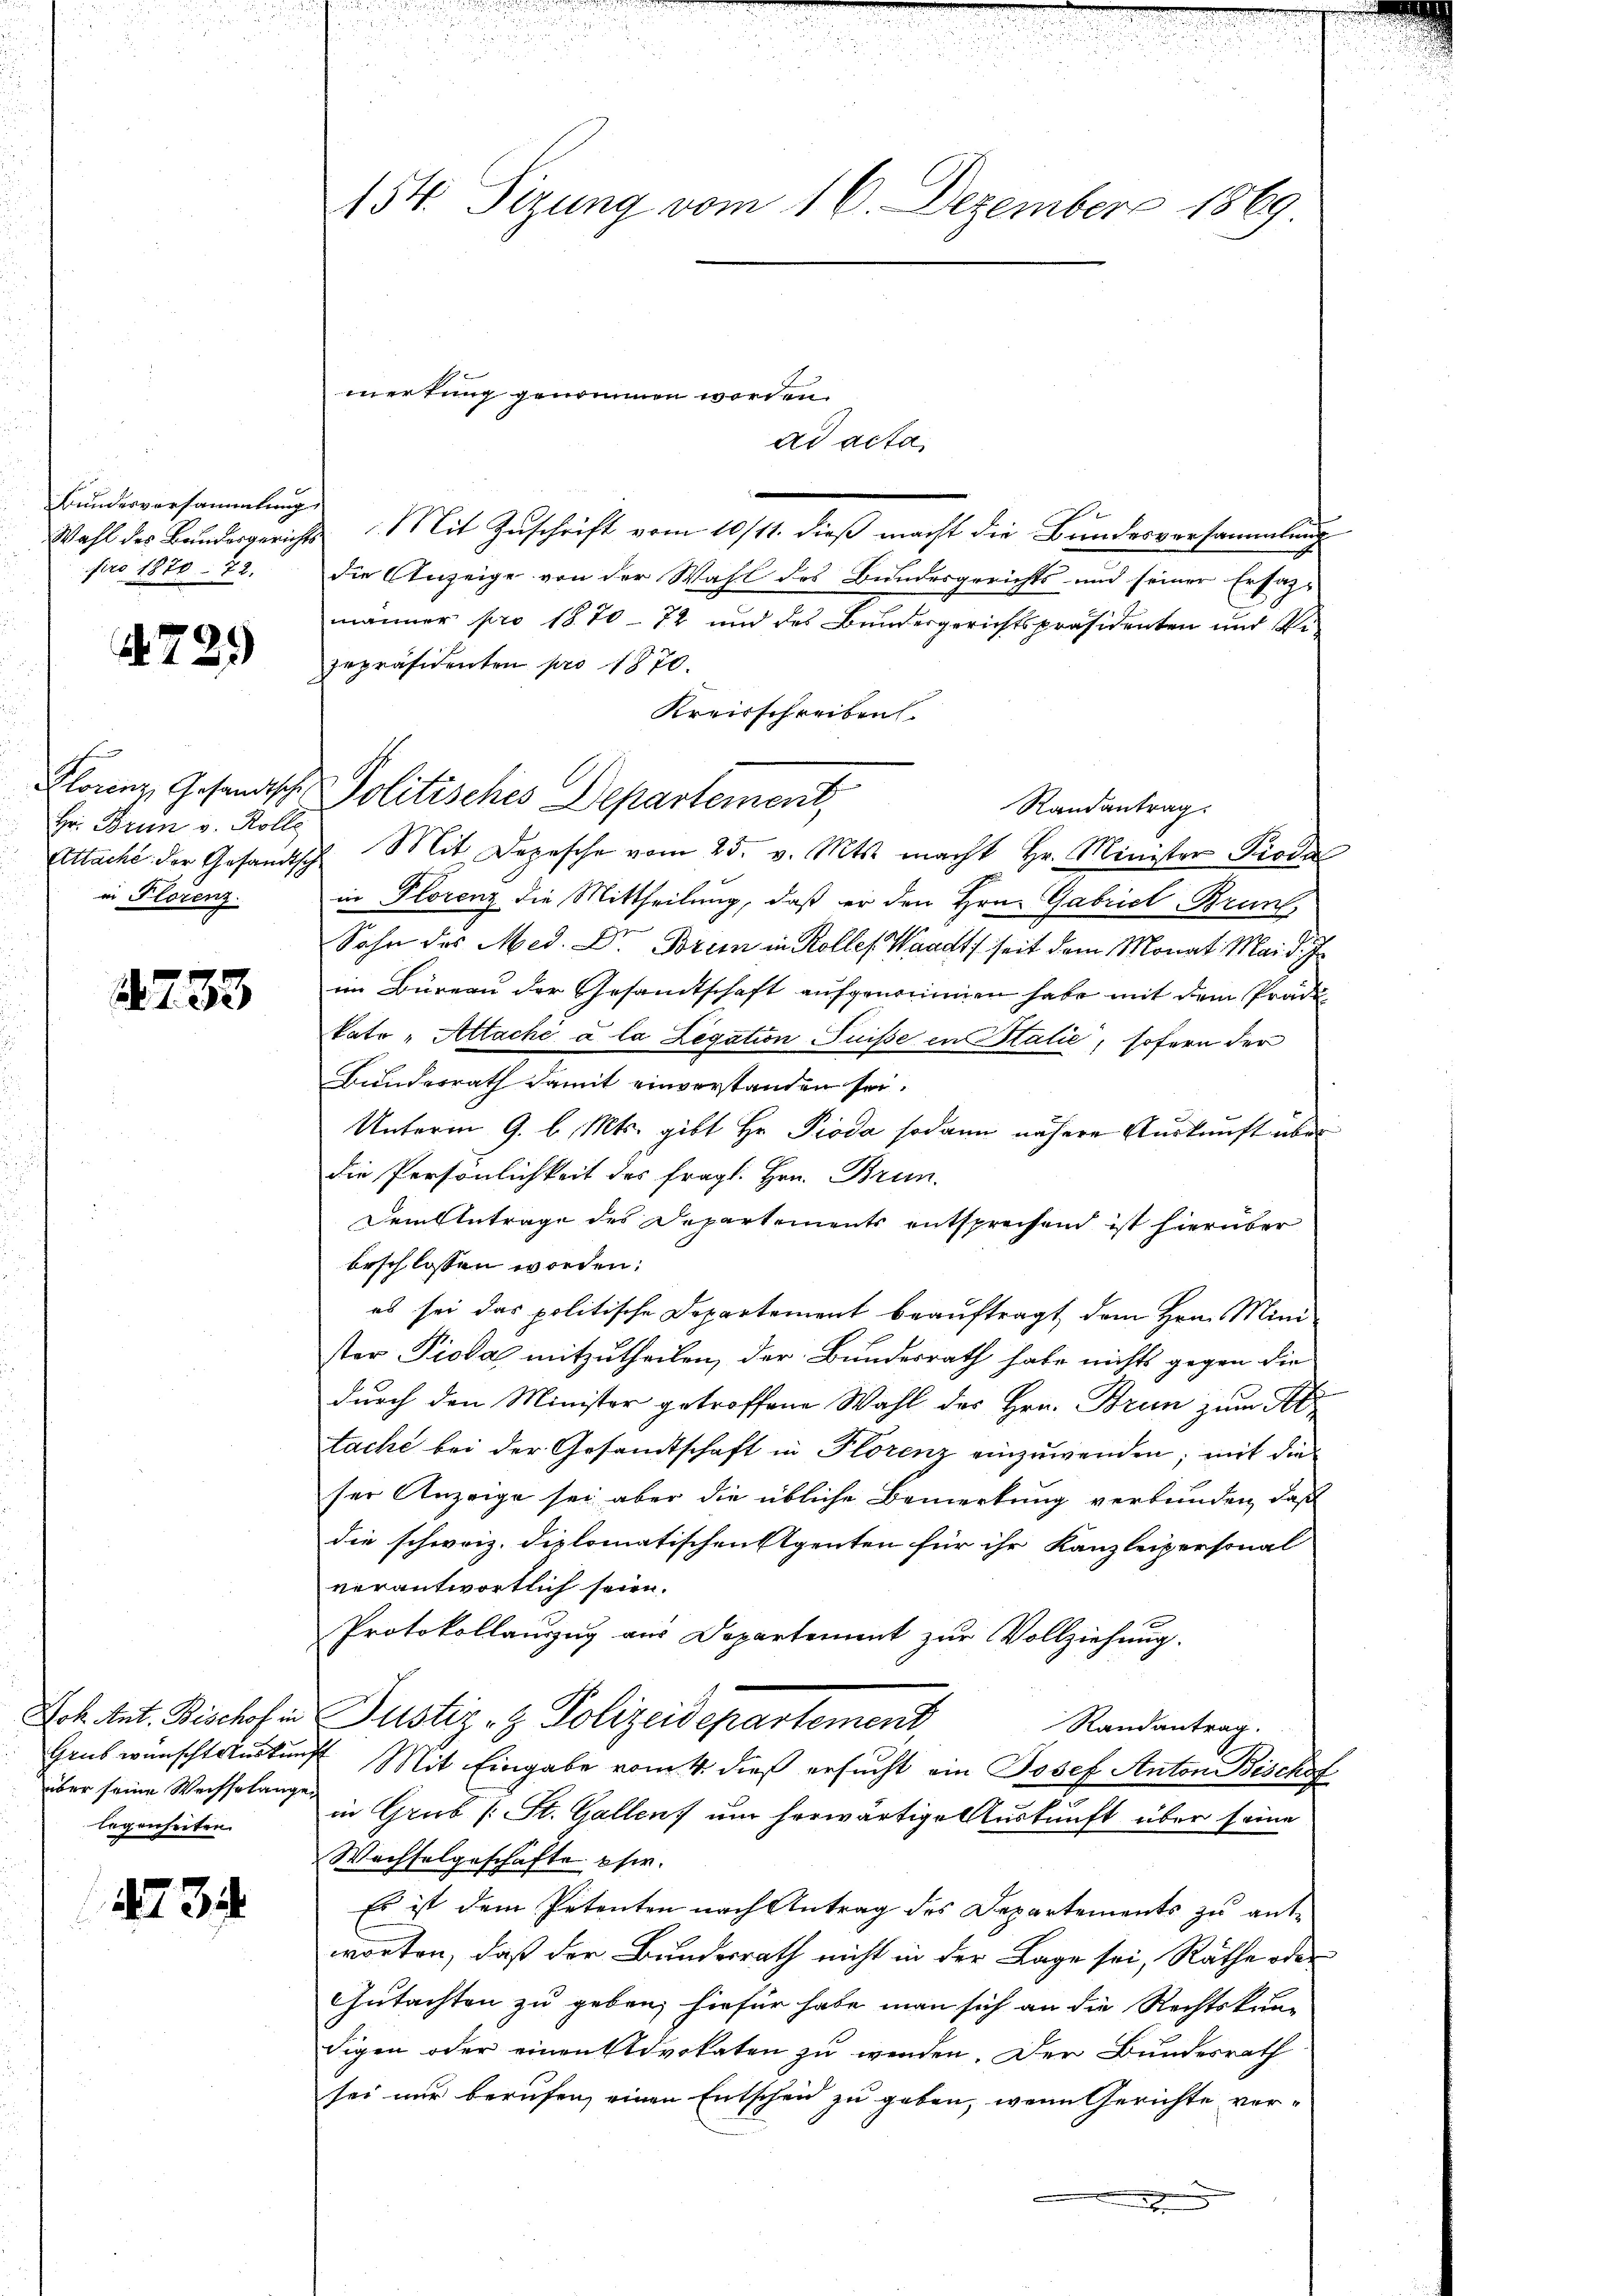
Bundesversammlung
pro 1870. 72.

729

Hr: Brun v. Rolle
in Florenz.

2733

2234.

154. Sizung vom 16. Dezember 1869.

über seine Weisselangen
legenheiten.

ad acta,
Wahl des Bandesgerichts Mit Zŭschrift vom 10/11. dieβ macht die Bŭndesversammlung
die Anzeige von der Wahl des Bundesgerichts und seiner Ersaz-
männer pro 1870 - 72 und des Bundergerichtspräsidenten und Vezepräsidenten pro 1870.
Kreisschreiben.
Floner Gesandtsche Politisches Departement,
Randantrag.
Attache der Gesandtsch Mit Depesche vom 25. v. Mts. macht Hr. Minister Pioda
in Florenz die Mittheilung, daß er den Hrn. Gabriet Brun
Sohn des Med. Dr. Borem in Kolles Waadt seit dem Monat Mai d. Js.
im Büreau der Gesandtschaft aufgenommen habe mit dem Präde
kate „Attaché à la Legation Suisse in Italie, sofern der
Bundesrath damit einverstanden sei.
Unterm 9. l. Mts. gibt Hr. Pioda sodann nähere Auskunft über
die Persönlichkeit des fragl. Hrn. Brun-
Dem Antrage des Departements entsprechend ist hierüber
beschlossen worden.
es sei das politische Departement beauftragt, dem Hrn. Mini-
ster Pioda mitzutheilen, der Bundesrath habe nichts gegen die
durch den Minister getroffene Wahl des Hrn. Brun zum St
tache bei der Gesandtschaft in Florenz einzuwenden; mit die
ser Anzeige sei aber die übliche Bemerkung verbunden, daß
die schweiz. diplomatischen Agenten für ihr Kanzleipersonal
verantwortlich seien.
Protokollauszug aus Departement zur Vollziehung.
Joh. Ant. Bischof er Justiz- & Polizeidepartement,
Randantrag.
Grus wünscht auskunft Mit Eingabe vom 4. dieß ersucht ein Josef Anton Bischst
in Grub (: St. Gallen um herwärtige Auskunft über seine
Wachselgeschäfte phir.
Es ist dem Petenten nach Antrag des Departements zu ant-
worten, daß der Bundesrath nicht in der Lage sei, Räthe oder
Gutachten zu geben, hiefür habe man sich an die Rechtskun-
digen oder einen Advokaten zu werden. Der Bundesrath
sei nur berufen, einen Entscheid zu geben, wenn Gerichte vere

mertung genommen worden.